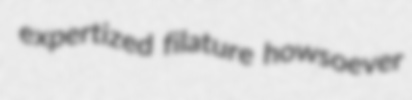
expertized filature howsoever